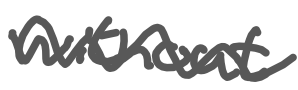
Text: without
Cross-out: wave
Writing tool: digital_gray